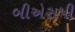
બીએસપી